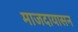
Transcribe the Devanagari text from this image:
माजदायासन